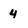
Character: 4